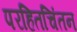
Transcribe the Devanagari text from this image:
परहितचिंतन